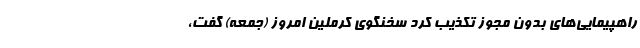
راهپیمایی‌های بدون مجوز تکذیب کرد سخنگوی کرملین امروز (جمعه) گفت،